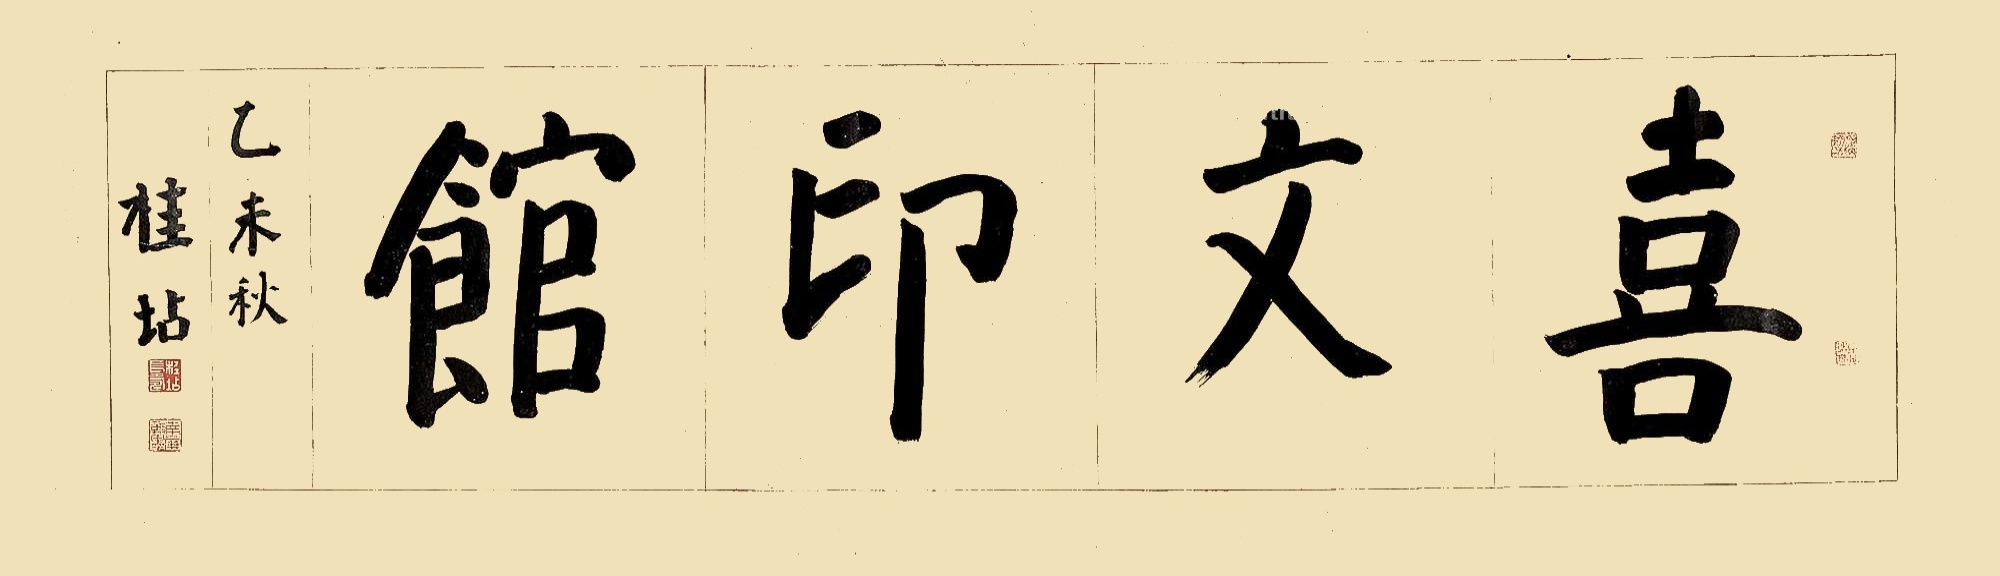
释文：喜文印馆乙未秋。桂坫。